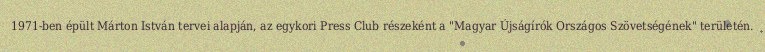
1971-ben épült Márton István tervei alapján, az egykori Press Club részeként a "Magyar Újságírók Országos Szövetségének" területén.